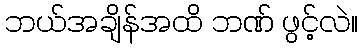
ဘယ်အချိန်အထိ ဘဏ် ဖွင့်လဲ။